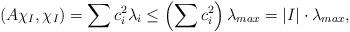
LaTeX: \begin{align*}(A\chi_I, \chi_I) = \sum c_i^2\lambda_i \leq \left(\sum c_i^2 \right) \lambda_{max} = |I| \cdot \lambda_{max},\end{align*}